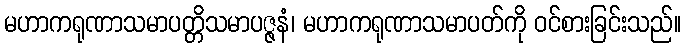
မဟာကရုဏာသမာပတ္တိသမာပဇ္ဇနံ၊ မဟာကရုဏာသမာပတ်ကို ဝင်စားခြင်းသည်။